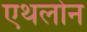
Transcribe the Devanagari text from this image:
एथलोन